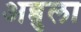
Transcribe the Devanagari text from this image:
अब्बुला